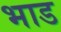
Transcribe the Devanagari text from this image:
भाड